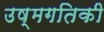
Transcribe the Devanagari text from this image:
उष्मगतिकी